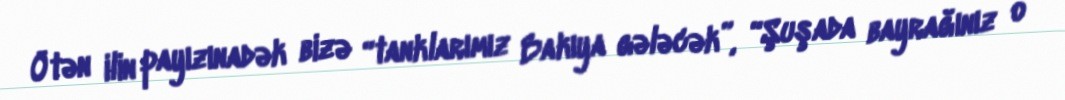
Ötən ilin payızınadək bizə “tanklarımız Bakıya gələcək”, “Şuşada bayrağınız o